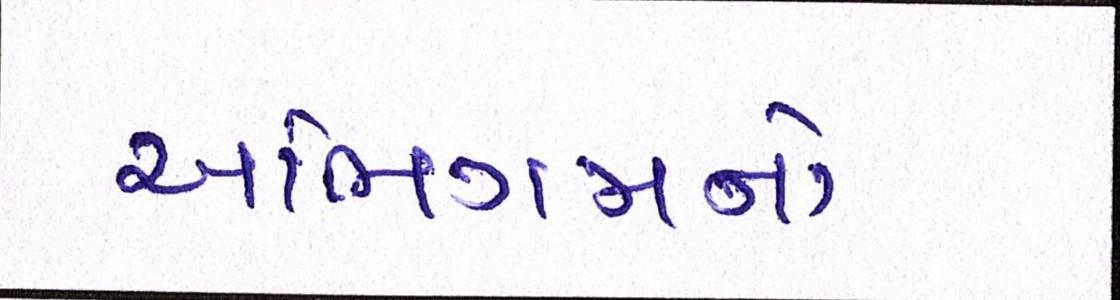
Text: અભિગમનો